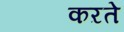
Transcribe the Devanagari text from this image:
कऱते